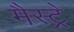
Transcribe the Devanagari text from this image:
मैस्ट्रे